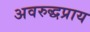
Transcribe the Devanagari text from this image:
अवरुद्धप्राय